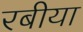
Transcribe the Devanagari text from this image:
रबीया